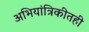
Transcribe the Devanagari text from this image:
अभियांत्रिकीतही